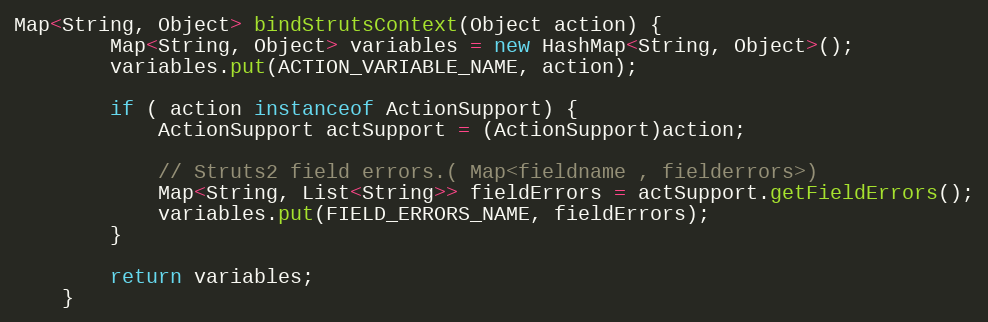
Language: Java
Map<String, Object> bindStrutsContext(Object action) {
		Map<String, Object> variables = new HashMap<String, Object>();
		variables.put(ACTION_VARIABLE_NAME, action);

		if ( action instanceof ActionSupport) {
			ActionSupport actSupport = (ActionSupport)action;

			// Struts2 field errors.( Map<fieldname , fielderrors>)
			Map<String, List<String>> fieldErrors = actSupport.getFieldErrors();
			variables.put(FIELD_ERRORS_NAME, fieldErrors);
		}

		return variables;
	}